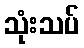
သုံးသပ်